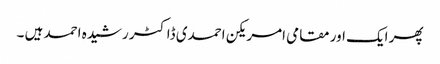
پھر ایک اور مقامی امریکن احمدی ڈاکٹر رشیدہ احمد ہیں ۔